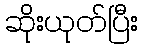
ဆိုးယုတ်ပြီး